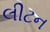
લીટન